Veterinary regulations India, 1935 -
Year: 1935
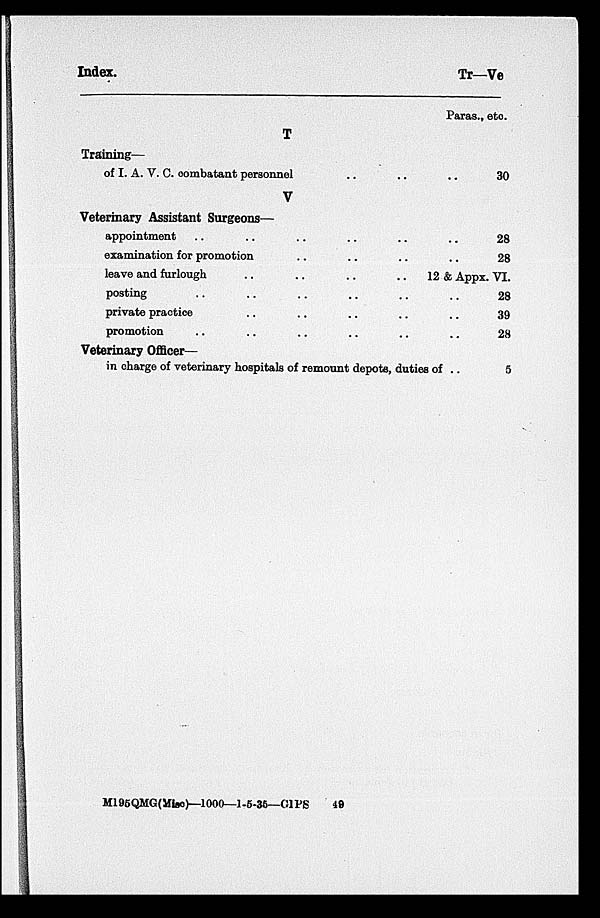
Index.
Tr—Ve
T
Training—
of I. A. V. C. combatant personnel .. .. ..
V
Veterinary Assistant Surgeons—
appointment
examination for promotion .. .. .. ..
leave and furlough
..
..
..
posting .. .. .. .. .. ..
private practice .. .. .. .. .. ..
promotion .. .. .. .. .. ..
Veterinary Officer—
in charge of veterinary hospitals of remount depots, duties of ..
Paras., etc.
30
28
28
12 & Appx.VI.
28
39
28
5
M196QMG(Misc)—1000—1-5-35—GIPS
49